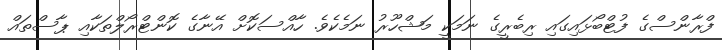
ފްރާންސްގެ ފުޓްބޯޅައިގައި ރިބެރީގެ ނަމަކީ މަޝްހޫރު ނަމެކެވެ. ހާއްސަކޮށް އޭނާގެ ކޮންޓްރޯލްތަކާއި ޕާސްތައް